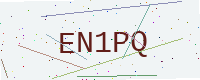
Text: EN1PQ